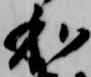
和